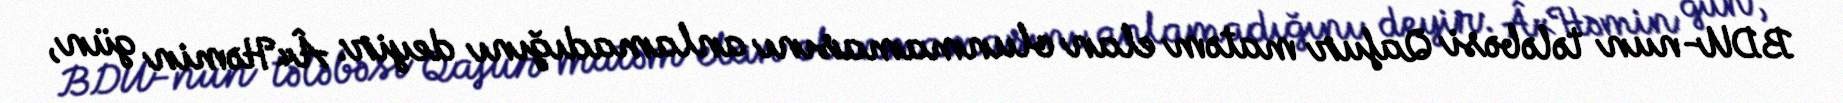
BDU-nun tələbəsi Qafur matəm elan olunmamasını anlamadığını deyir: Â«Həmin gün,